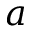
a